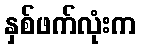
နှစ်ဖက်လုံးက